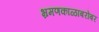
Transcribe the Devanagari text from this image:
भ्रमणकाळाबरोबर